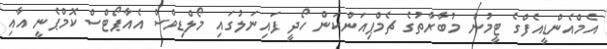
އެމްއެންޑީއެފްގެ ޓީމުން މުބާރާތުގެ ޗެމްޕިއަންކަން ހޯދީ ފައިނަލުގައި މޯލްޑިވްސް އެއާޕޯޓްސް ކޮމްޕެނީ އާއި